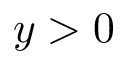
y > 0